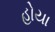
હોયા